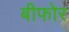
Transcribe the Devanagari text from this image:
बीफोर